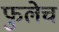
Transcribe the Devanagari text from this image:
फुलेच